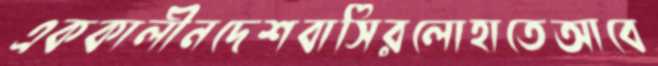
এককালীনদেশবাসিরলোহাতেআবে